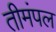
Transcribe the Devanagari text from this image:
तीमंपल